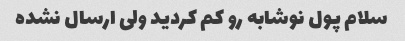
سلام پول نوشابه رو کم کردید ولی ارسال نشده